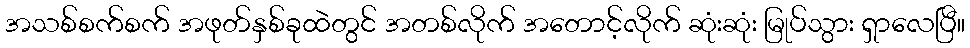
အသစ်စက်စက် အဖုတ်နှစ်ခုထဲတွင် အတစ်လိုက် အတောင့်လိုက် ဆုံးဆုံး မြုပ်သွား ရှာလေပြီ။